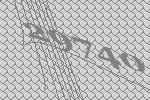
29740